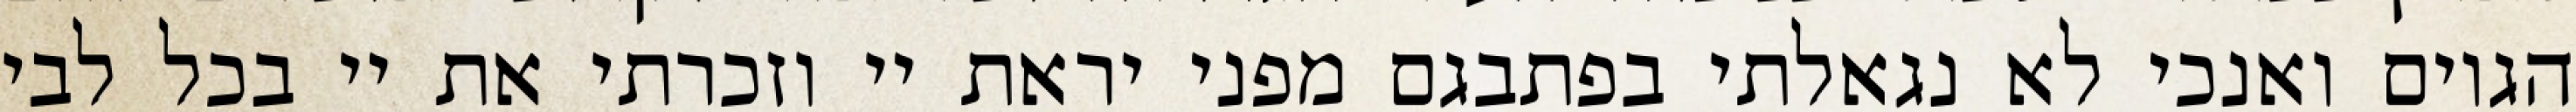
הגוים ואנכי לא נגאלתי בפתבגם מפני יראת יי וזכרתי את יי בכל לבי